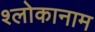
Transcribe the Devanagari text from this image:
श्लोकानाम